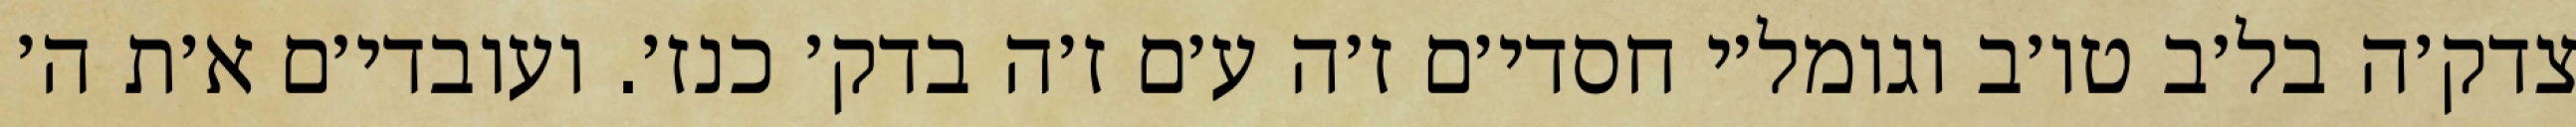
צדק׳ה בל׳ב טו׳ב וגומל׳י חסדי׳ם ז׳ה ע׳ם ז׳ה בדק׳ כנז׳. ועובדי׳ם א׳ת ה׳